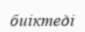
биіктеді